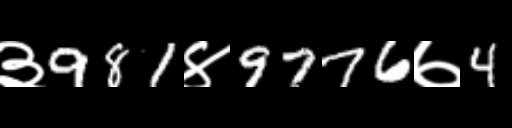
Text: ३981४9776७4